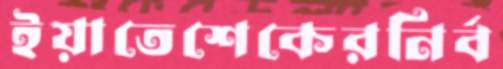
ইয়াতেশেকেরনির্ব